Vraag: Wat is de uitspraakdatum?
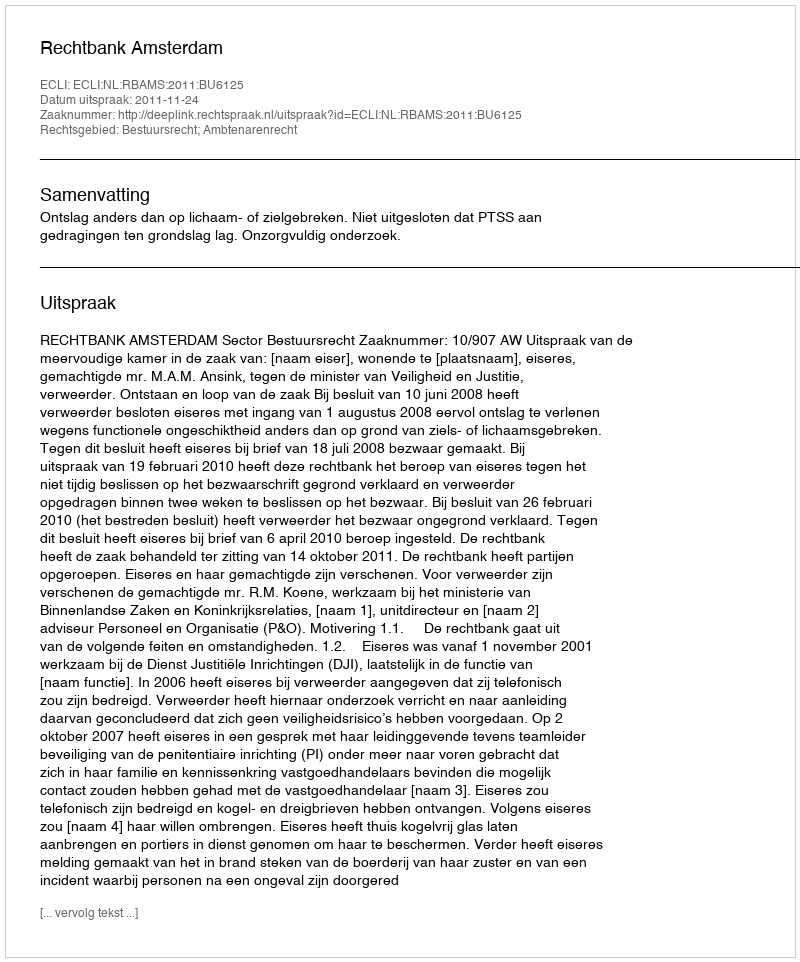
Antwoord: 2011-11-24